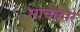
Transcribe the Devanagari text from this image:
साचांद्वारे